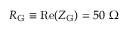
R _ { \mathrm { G } } \equiv \mathrm { R e } ( Z _ { \mathrm { G } } ) = 5 0 ~ \Omega